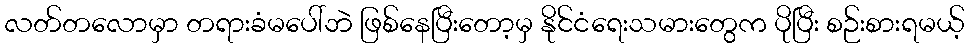
လတ်တလောမှာ တရားခံမပေါ်ဘဲ ဖြစ်နေပြီးတော့မှ နိုင်ငံရေးသမားတွေက ပိုပြီး စဉ်းစားရမယ့်